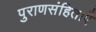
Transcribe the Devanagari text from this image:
पुराणसंहिताएँ